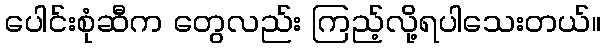
ပေါင်းစုံဆီက တွေလည်း ကြည့်လို့ရပါသေးတယ်။